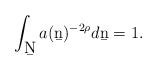
LaTeX: \begin{align*}\int_{\b{N}} a (\b{n})^{- 2 \rho} d \b{n} = 1.\end{align*}